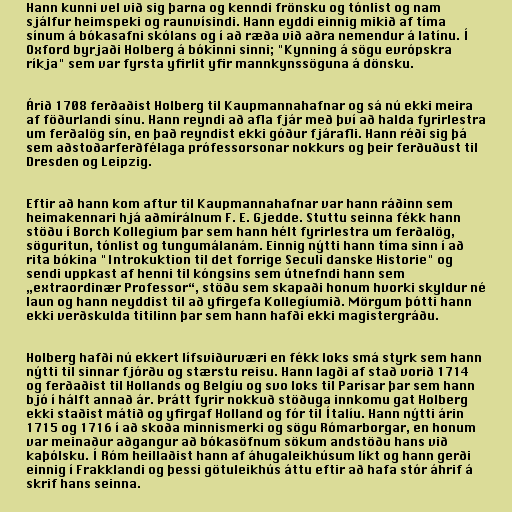
Hann kunni vel við sig þarna og kenndi frönsku og tónlist og nam
sjálfur heimspeki og raunvísindi. Hann eyddi einnig mikið af tíma
sínum á bókasafni skólans og í að ræða við aðra nemendur á latínu. Í
Oxford byrjaði Holberg á bókinni sinni; "Kynning á sögu evrópskra
ríkja" sem var fyrsta yfirlit yfir mannkynssöguna á dönsku.

Árið 1708 ferðaðist Holberg til Kaupmannahafnar og sá nú ekki meira
af föðurlandi sínu. Hann reyndi að afla fjár með því að halda fyrirlestra
um ferðalög sín, en það reyndist ekki góður fjárafli. Hann réði sig þá
sem aðstoðarferðfélaga prófessorsonar nokkurs og þeir ferðuðust til
Dresden og Leipzig.

Eftir að hann kom aftur til Kaupmannahafnar var hann ráðinn sem
heimakennari hjá aðmírálnum F. E. Gjedde. Stuttu seinna fékk hann
stöðu í Borch Kollegium þar sem hann hélt fyrirlestra um ferðalög,
söguritun, tónlist og tungumálanám. Einnig nýtti hann tíma sinn í að
rita bókina "Introkuktion til det forrige Seculi danske Historie" og
sendi uppkast af henni til kóngsins sem útnefndi hann sem
„extraordinær Professor“, stöðu sem skapaði honum hvorki skyldur né
laun og hann neyddist til að yfirgefa Kollegíumið. Mörgum þótti hann
ekki verðskulda titilinn þar sem hann hafði ekki magistergráðu.

Holberg hafði nú ekkert lífsviðurværi en fékk loks smá styrk sem hann
nýtti til sinnar fjórðu og stærstu reisu. Hann lagði af stað vorið 1714
og ferðaðist til Hollands og Belgíu og svo loks til Parísar þar sem hann
bjó í hálft annað ár. Þrátt fyrir nokkuð stöðuga innkomu gat Holberg
ekki staðist mátið og yfirgaf Holland og fór til Ítalíu. Hann nýtti árin
1715 og 1716 í að skoða minnismerki og sögu Rómarborgar, en honum
var meinaður aðgangur að bókasöfnum sökum andstöðu hans við
kaþólsku. Í Róm heillaðist hann af áhugaleikhúsum líkt og hann gerði
einnig í Frakklandi og þessi götuleikhús áttu eftir að hafa stór áhrif á
skrif hans seinna.